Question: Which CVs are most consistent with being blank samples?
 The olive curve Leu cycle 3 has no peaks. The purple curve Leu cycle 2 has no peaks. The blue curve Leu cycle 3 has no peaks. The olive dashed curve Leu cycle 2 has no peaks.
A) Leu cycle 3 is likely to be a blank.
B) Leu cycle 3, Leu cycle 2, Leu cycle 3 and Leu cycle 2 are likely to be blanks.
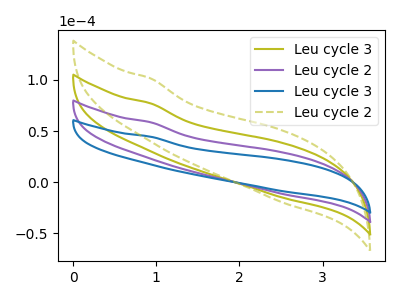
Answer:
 <answer>B) "Leu cycle 3", "Leu cycle 2", "Leu cycle 3" and "Leu cycle 2" are likely to be blanks.</answer>
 <eval>B</eval>